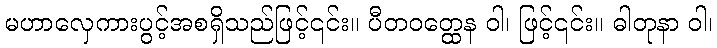
မဟာလှေကားပွင့်အစရှိသည်ဖြင့်၎င်း။ ပီတဝတ္ထေန ဝါ၊ ဖြင့်၎င်း။ ဓါတုနာ ဝါ၊